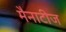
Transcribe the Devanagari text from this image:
मैनाटीज